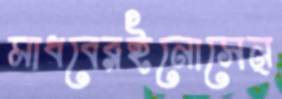
মাধবেরইনোসেন্